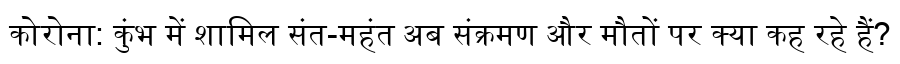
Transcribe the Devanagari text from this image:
कोरोना: कुंभ में शामिल संत-महंत अब संक्रमण और मौतों पर क्या कह रहे हैं?